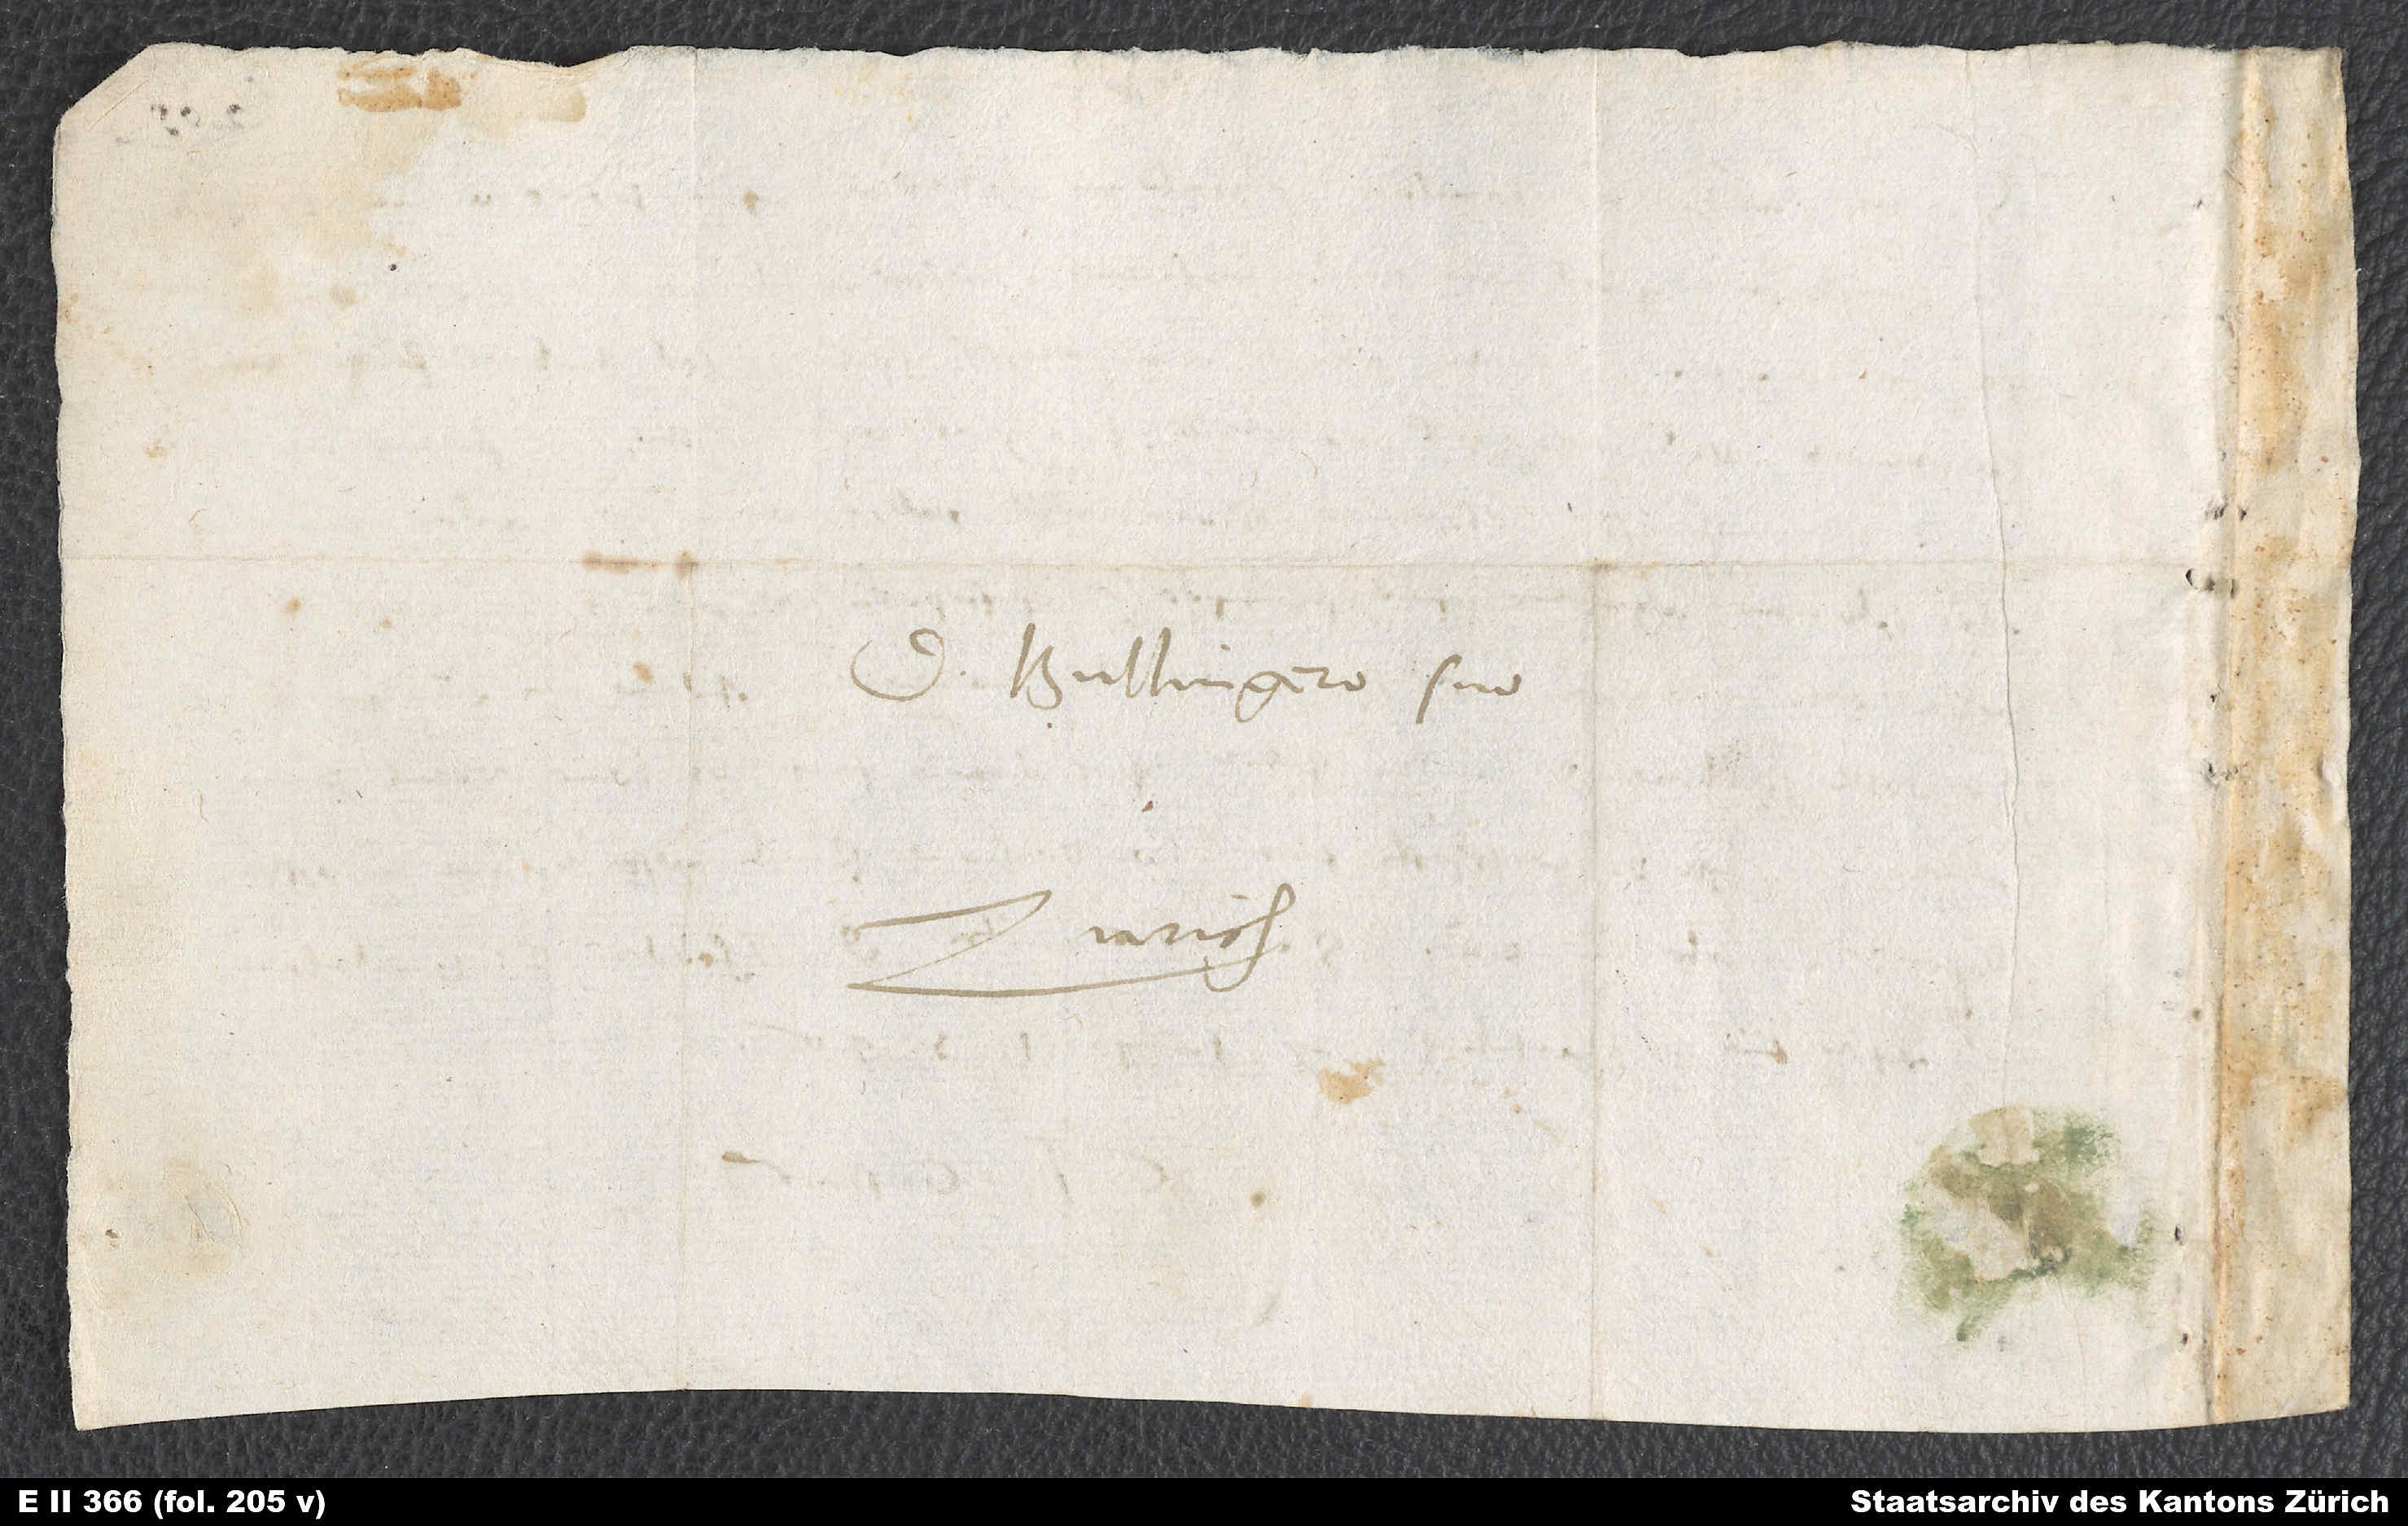
D. Bullingero suo.
Zurich.